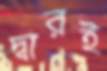
দ্বারই